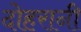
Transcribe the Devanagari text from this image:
दोहरानी